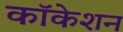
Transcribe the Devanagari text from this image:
कॉकेशन